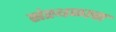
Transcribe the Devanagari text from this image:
संस्थळाचा